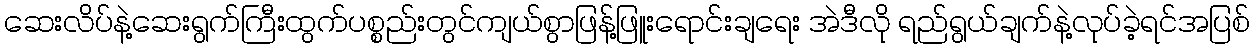
ဆေးလိပ်နဲ့ဆေးရွက်ကြီးထွက်ပစ္စည်းတွင်ကျယ်စွာဖြန့်ဖြူးရောင်းချရေး အဲဒီလို ရည်ရွယ်ချက်နဲ့လုပ်ခဲ့ရင်အပြစ်